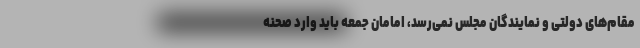
مقام‌های دولتی و نمایندگان مجلس نمی‌رسد، امامان جمعه باید وارد صحنه